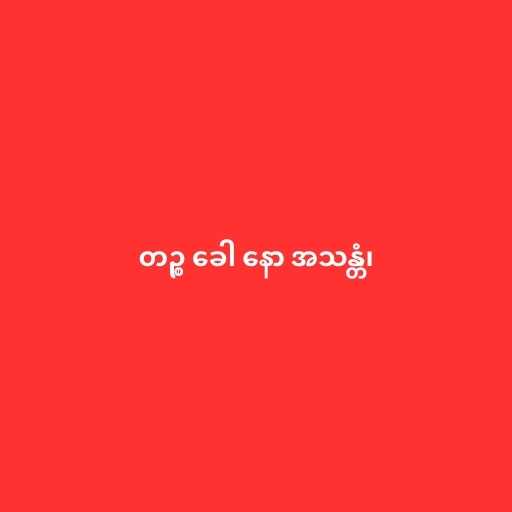
တဉ္စ ခေါ နော အသန္တံ၊